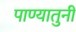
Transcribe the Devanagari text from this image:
पाण्यातुनी